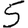
Digit: 5